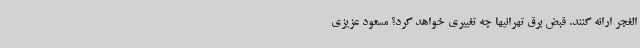
الغجر ارائه کنند. قبض برق تهرانیها چه تغییری خواهد کرد؟ مسعود عزیزی